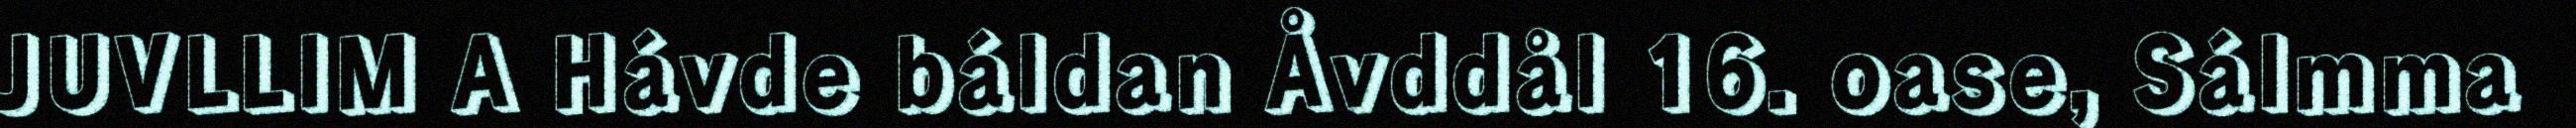
JUVLLIM A Hávde báldan Åvddål 16. oase, Sálmma